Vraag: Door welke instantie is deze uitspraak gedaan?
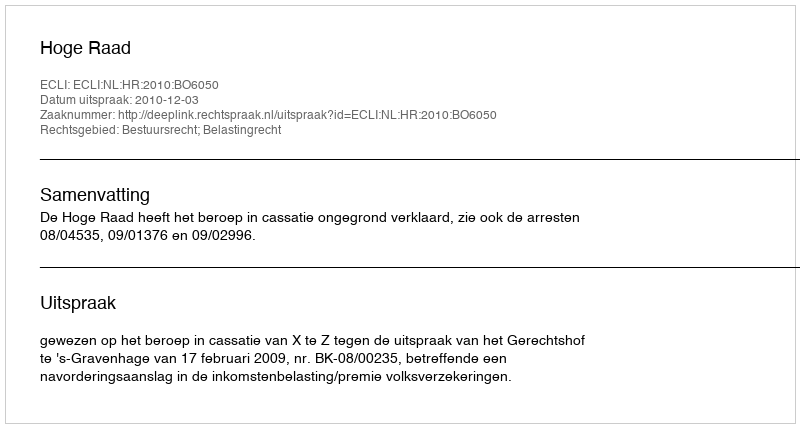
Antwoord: Hoge Raad